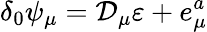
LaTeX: \delta_{0}\psi_{\mu}=\mathcal{D}_{\mu}\varepsilon+e_{\mu}^{a}